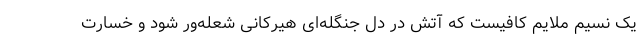
یک نسیم ملایم کافیست که آتش در دل جنگله‌ای هیرکانی شعله‌ور شود و خسارت